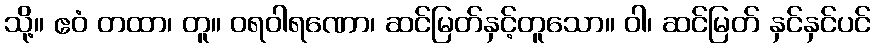
သို့။ ဧဝံ တထာ၊ တူ။ ဝရဝါရဏော၊ ဆင်မြတ်နှင့်တူသော။ ဝါ၊ ဆင်မြတ် နှင်နှင်ပင်